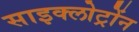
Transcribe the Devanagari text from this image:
साइक्लोट्रोंन